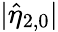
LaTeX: |\hat{\eta}_{2,0}|